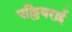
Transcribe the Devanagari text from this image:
पल्लियराई